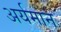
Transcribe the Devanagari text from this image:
अर्यमान